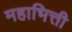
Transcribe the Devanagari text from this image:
महाभित्ती